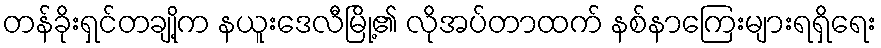
တန်ခိုးရှင်တချို့က နယူးဒေလီမြို့၏ လိုအပ်တာထက် နစ်နာကြေးများရရှိရေး